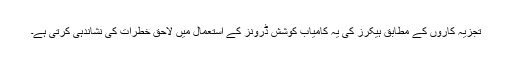
تجزیہ کاروں کے مطابق ہیکرز کی یہ کامیاب کوشش ڈرونز کے استعمال میں لاحق خطرات کی نشاندہی کرتی ہے۔